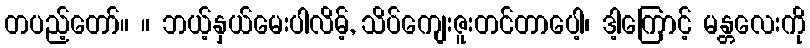
တပည့်တော်။ ။ ဘယ့်နှယ်မေးပါလိမ့်, သိပ်ကျေးဇူးတင်တာပေါ့၊ ဒါ့ကြောင့် မန္တလေးကို